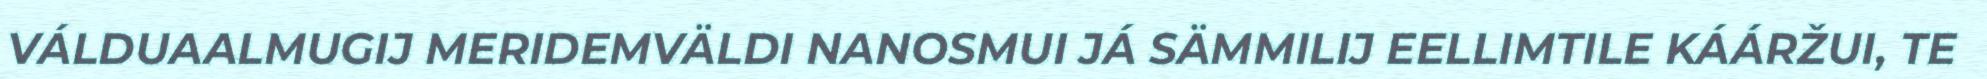
VÁLDUAALMUGIJ MERIDEMVÄLDI NANOSMUI JÁ SÄMMILIJ EELLIMTILE KÁÁRŽUI, TE